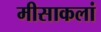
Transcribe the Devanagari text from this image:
मीसाकलां